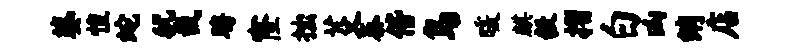
婆惶蛇犹裁聘窿拙芟泰偕鸟暖麒毅摺白凶绡店